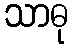
သာဓု